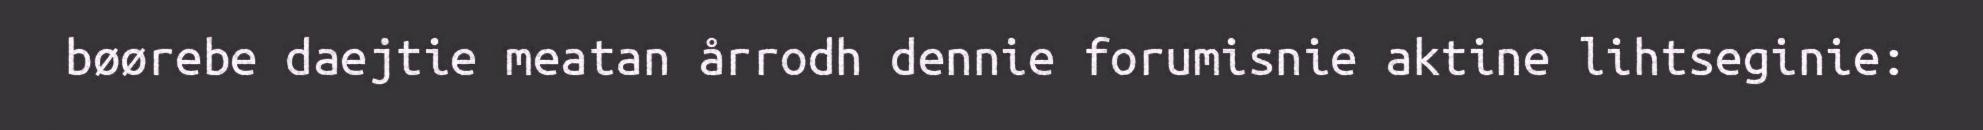
bøørebe daejtie meatan årrodh dennie forumisnie aktine lihtseginie: